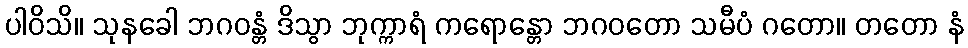
ပါဝိသိ။ သုနခေါ ဘဂဝန္တံ ဒိသွာ ဘုက္ကာရံ ကရောန္တော ဘဂဝတော သမီပံ ဂတော။ တတော နံ